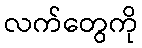
လက်တွေကို